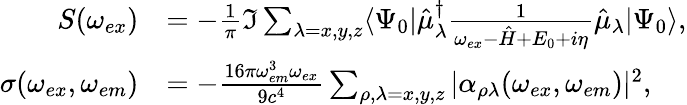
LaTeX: \begin{array}{rl}{S(\omega_{ex})}&{=-\frac{1}{\pi}\Im\sum_{\lambda=x,y,z}\langle\Psi_{0}|\hat{\mu}_{\lambda}^{\dagger}\frac{1}{\omega_{ex}-\hat{H}+E_{0}+i\eta}\hat{\mu}_{\lambda}|\Psi_{0}\rangle,}\\ {\sigma(\omega_{ex},\omega_{em})}&{=-\frac{16\pi\omega_{em}^{3}\omega_{ex}}{9c^{4}}\sum_{\rho,\lambda=x,y,z}|\alpha_{\rho\lambda}(\omega_{ex},\omega_{em})|^{2},}\end{array}